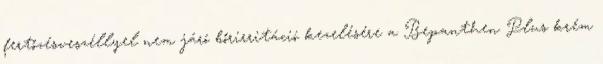
fertőzésveszéllyel nem járó bőrirritáció kezelésére a Bepanthen Plus krém